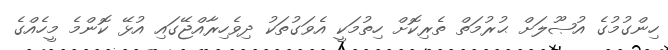
ހިންގުމުގެ އުޞޫލަށް ޙުރުމަތް ތެރިކޮށް ހިތުމަކީ އެވަގުތަކު ދިވެހިރާއްޖޭގައި އުޅޭ ކޮންމެ މީހެއްގެ